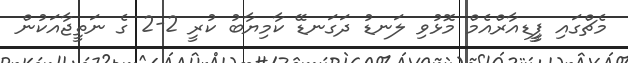
މެޗްގައި ޕީީޑއާރްއެމް މޮޅުވި ލަނޑު ދަގަނޑޭ ކާމިޔާބު ކުރީ 2-2 ގެ ނަތީޖާއަކުން